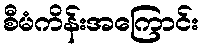
စီမံကိန်းအကြောင်း